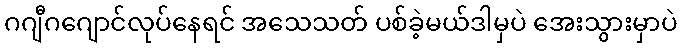
ဂဂျီဂဂျောင်လုပ်နေရင် အသေသတ် ပစ်ခဲ့မယ်ဒါမှပဲ အေးသွားမှာပဲ